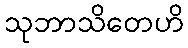
သုဘာသိတေဟိ